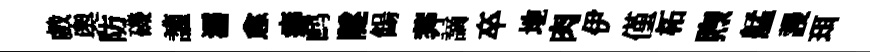
戲奥防磯讙濡愈癖鹧隧餳莾謫卒地肉伊僅柘煦艋謾珥